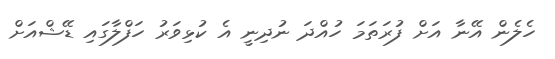
ހެލެން އޭނާ އަށް ފުރަތަމަ ހުއްދަ ނުދިނީ އެ ކުޅިވަރު ހަފްލާގައި ޑޭޝްއަށް